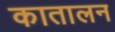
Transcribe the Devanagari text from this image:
कातालन